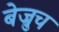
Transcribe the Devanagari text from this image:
बेज्रुच